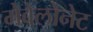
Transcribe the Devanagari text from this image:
मेवेलोनेट